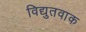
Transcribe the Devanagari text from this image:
विद्युतवाक